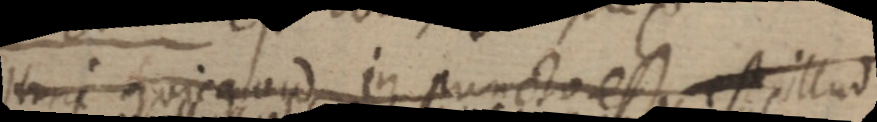
Hinc quicquod in puncto est illud